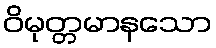
ဝိမုတ္တမာနသော